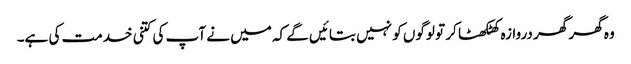
وہ گھر گھر دروازہ کھٹکھٹا کر تو لوگوں کو نہیں بتائیں گے کہ میں نے آپ کی کتنی خدمت کی ہے۔